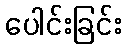
ပေါင်းခြင်း